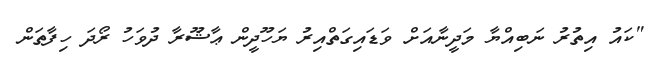
"ކައު އިތުރު ނަބިއްޔާ މަދީނާއަށް ވަޑައިގަތްއިރު ޔަހޫދީން ޢާޝޫރާ ދުވަހު ރޯދަ ހިފާތަން